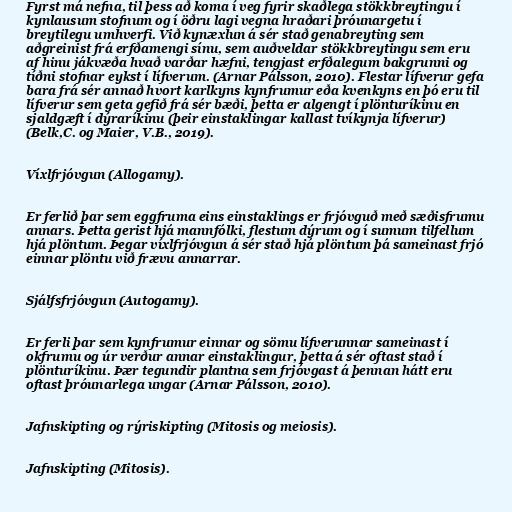
Fyrst má nefna, til þess að koma í veg fyrir skaðlega stökkbreytingu í
kynlausum stofnum og í öðru lagi vegna hraðari þróunargetu í
breytilegu umhverfi. Við kynæxlun á sér stað genabreyting sem
aðgreinist frá erfðamengi sínu, sem auðveldar stökkbreytingu sem eru
af hinu jákvæða hvað varðar hæfni, tengjast erfðalegum bakgrunni og
tíðni stofnar eykst í lífverum. (Arnar Pálsson, 2010). Flestar lífverur gefa
bara frá sér annað hvort karlkyns kynfrumur eða kvenkyns en þó eru til
lífverur sem geta gefið frá sér bæði, þetta er algengt í plönturíkinu en
sjaldgæft í dýraríkinu (þeir einstaklingar kallast tvíkynja lífverur)
(Belk,C. og Maier, V.B., 2019).

Víxlfrjóvgun (Allogamy).

Er ferlið þar sem eggfruma eins einstaklings er frjóvguð með sæðisfrumu
annars. Þetta gerist hjá mannfólki, flestum dýrum og í sumum tilfellum
hjá plöntum. Þegar víxlfrjóvgun á sér stað hjá plöntum þá sameinast frjó
einnar plöntu við frævu annarrar.

Sjálfsfrjóvgun (Autogamy).

Er ferli þar sem kynfrumur einnar og sömu lífverunnar sameinast í
okfrumu og úr verður annar einstaklingur, þetta á sér oftast stað í
plönturíkinu. Þær tegundir plantna sem frjóvgast á þennan hátt eru
oftast þróunarlega ungar (Arnar Pálsson, 2010).

Jafnskipting og rýriskipting (Mitosis og meiosis).

Jafnskipting (Mitosis).